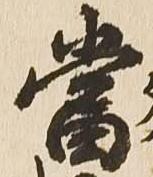
当